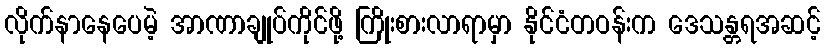
လိုက်နာနေပေမဲ့ အာဏာချုပ်ကိုင်ဖို့ ကြိုးစားလာရာမှာ နိုင်ငံတဝန်းက ဒေသန္တရအဆင့်